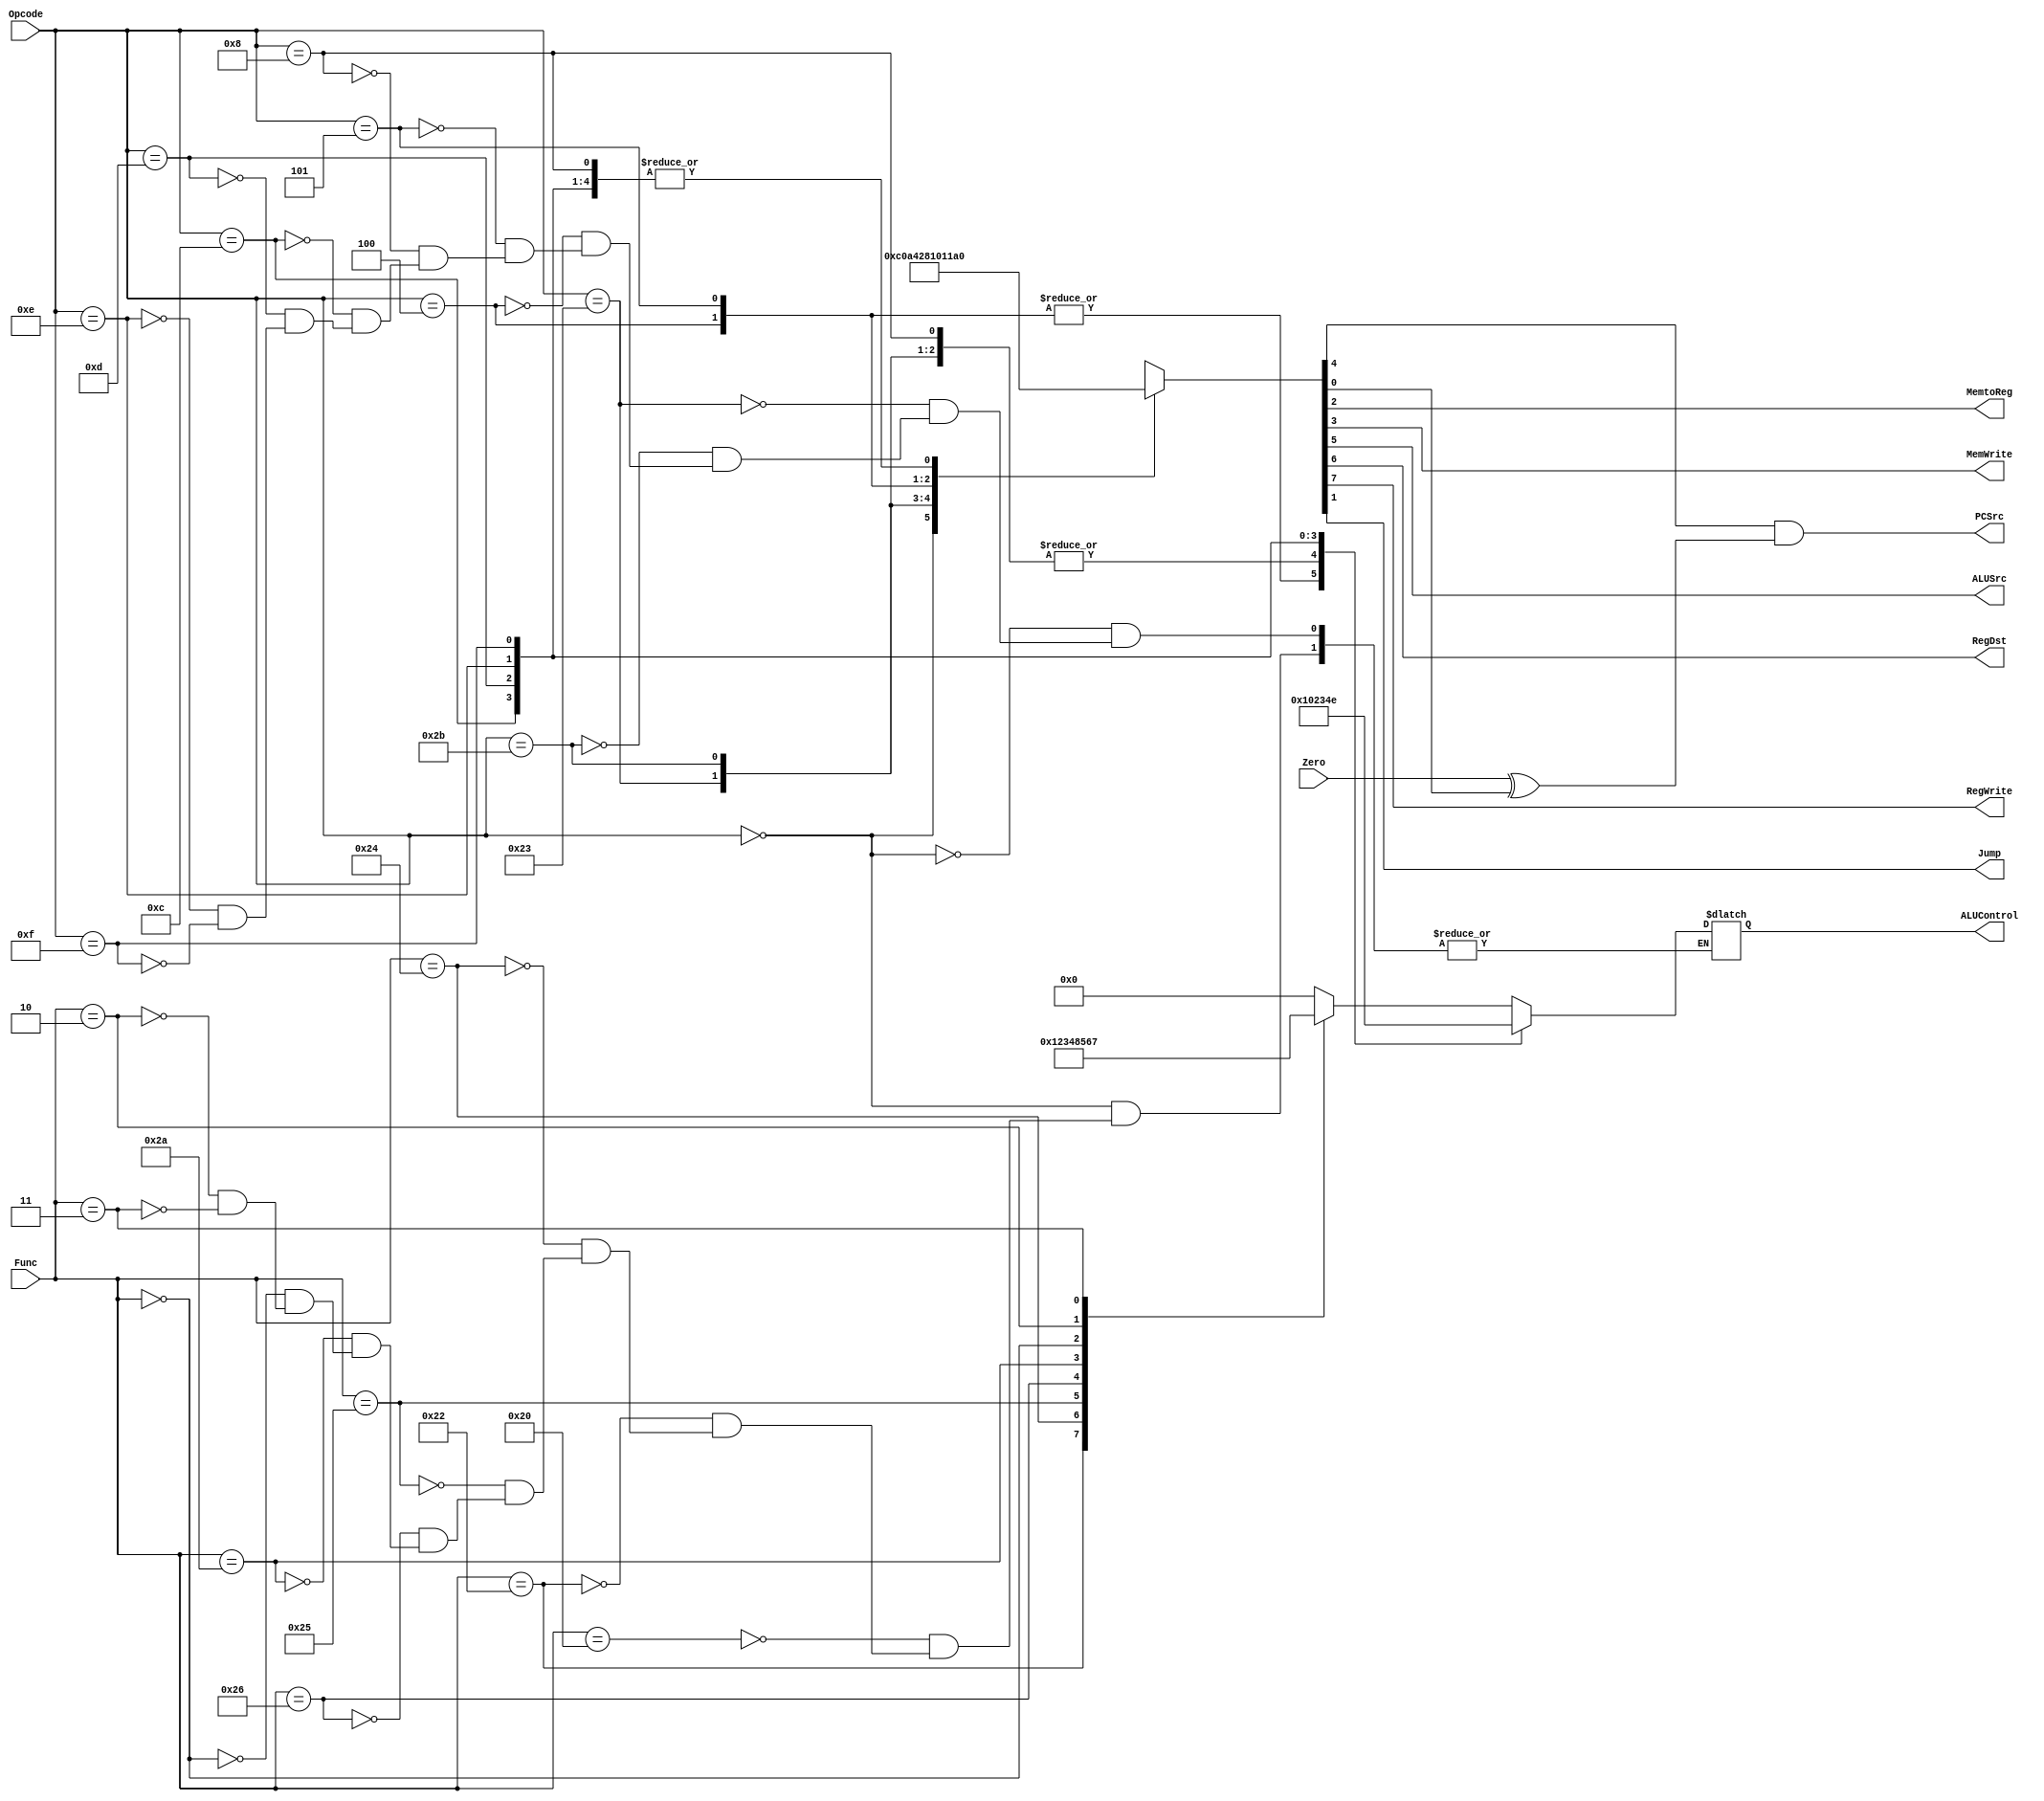
`timescale 1ns/1ns

module Controlunit(input [5:0] Opcode, 
               input [5:0] Func,
               input Zero,
               output reg MemtoReg,
               output reg  MemWrite,
               output reg  ALUSrc,
               output reg  RegDst,
               output reg  RegWrite,
               output reg  Jump,
               output PCSrc,
               output reg  [3:0] ALUControl
               );
               
reg [7:0] temp;
reg Branch,B;

always @(*) begin 

    case (Opcode) 
        6'b000000: begin                       
                    temp <= 8'b11000000;        

                    case (Func)
                    6'b100000: ALUControl <= 4'b0000;    // ADD
                    6'b100010: ALUControl <= 4'b0001;    // SUB
                    6'b100100: ALUControl <= 4'b0010;    // AND
                    6'b100101: ALUControl <= 4'b0011;    // OR
                    6'b100110: ALUControl <= 4'b0100;    // XOR
                    6'b101010: ALUControl <= 4'b1000;    // LUI
                    6'b000000: ALUControl <= 4'b0101;    // SLL
                    6'b000010: ALUControl <= 4'b0110;    // SRL
                    6'b000011: ALUControl <= 4'b0111;    // SRA
                endcase

            end

        6'b100011: begin                          // LW
                        temp <= 8'b10100100;     
                        ALUControl <= 4'b0000;
                    end

        6'b101011: begin                          // SW
                         temp <= 8'b00101000;      
                         ALUControl <= 4'b0000;
                    end  

        6'b000100: begin                          // BEQ
                         temp <= 8'b00010000;      
                        ALUControl <= 4'b0001; 
                    end      

        6'b000101: begin                          // BNE
                        temp <= 8'b00010001;  
                        ALUControl <= 4'b0001; 
                    end

        6'b001000: begin                          // ADDI
                        temp <= 8'b10100000;  
                        ALUControl <= 4'b0000; 
                    end  

        6'b001100: begin                          // ANDI
                        temp <= 8'b10100000;  
                        ALUControl <= 4'b0010; 
                    end 

        6'b001101: begin                          // ORI
                        temp <= 8'b10100000;  
                        ALUControl <= 4'b0011; 
                    end  

        6'b001110: begin                          // XORI
                        temp <= 8'b10100000;  
                        ALUControl <= 4'b0100; 
                    end       
                        
        6'b001111:  begin                         // LUI
                        temp <= 8'b10100000;  
                        ALUControl <= 4'b1110; 
                    end          
        default:   temp <= 12'bxxxxxxxxxxxx;      // NOP
    endcase
   

    
    {RegWrite,RegDst,ALUSrc,Branch,MemWrite,MemtoReg,Jump,B} = temp;

end 

assign PCSrc = Branch & (Zero ^ B);

endmodule